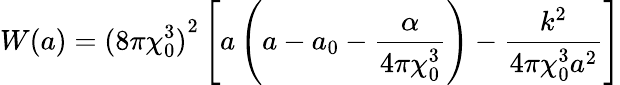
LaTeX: W(a)={(8\pi\chi_{0}^{3})}^{2}\left[a\left(a-a_{0}-\frac{\alpha}{4\pi\chi_{0}^{3}}\right)-\frac{k^{2}}{4\pi\chi_{0}^{3}a^{2}}\right]